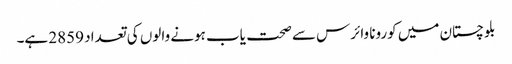
بلوچستان میں کورونا وائرس سے صحت یاب ہونے والوں کی تعداد 2859 ہے۔